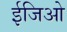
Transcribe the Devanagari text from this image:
ईजिओ